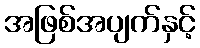
အဖြစ်အပျက်နှင့်